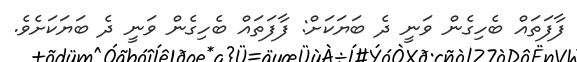
ފާފަތައް ބެހިގެން ވަނީ ދެ ބަޔަކަށް: ފާފަތައް ބެހިގެން ވަނީ ދެ ބަޔަކަށެވެ.